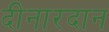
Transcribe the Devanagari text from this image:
दीनारदान